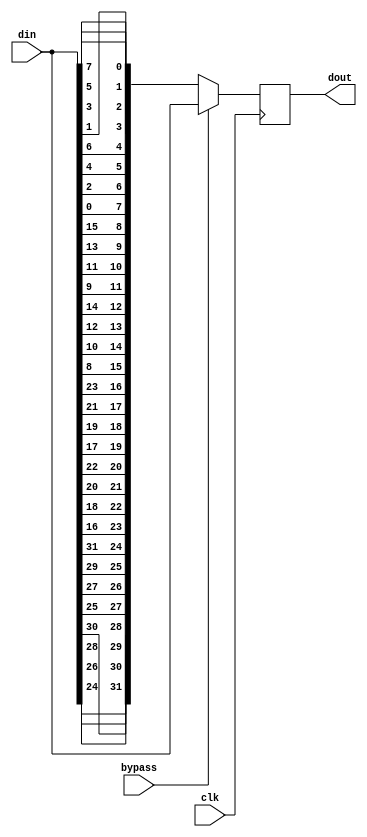
`timescale 1ns / 1ps
//////////////////////////////////////////////////////////////////////////////////
// Company: Southern Methodist University
// 
// Module Name: map
// Project Name: SERDES_KC705
// Description: 
// Dependencies: 
// 
// 

//////////////////////////////////////////////////////////////////////////////////


module rev_map(
input	[31:0]	din,
input           clk,
input           bypass,
output	reg [31:0]	dout
);

wire [31:0] by0;
wire [31:0] by1;

     generate
            genvar i;
            for (i = 0 ; i < 4; i= i+1 )
            begin: loop_itr
                assign  by0[0+i*8] = din[7+i*8];//reverse mapping
                assign  by0[4+i*8] = din[6+i*8];
                assign  by0[1+i*8] = din[5+i*8];
                assign  by0[5+i*8] = din[4+i*8];
                assign  by0[2+i*8] = din[3+i*8];
                assign  by0[6+i*8] = din[2+i*8];
                assign  by0[3+i*8] = din[1+i*8];
                assign  by0[7+i*8] = din[0+i*8];

                assign  by1[7+i*8] = din[7+i*8];//bypass
                assign  by1[6+i*8] = din[6+i*8];
                assign  by1[5+i*8] = din[5+i*8];
                assign  by1[4+i*8] = din[4+i*8];
                assign  by1[3+i*8] = din[3+i*8];
                assign  by1[2+i*8] = din[2+i*8];
                assign  by1[1+i*8] = din[1+i*8];
                assign  by1[0+i*8] = din[0+i*8];          
            end
    endgenerate

always @ (posedge clk)
    begin
        if(bypass) //bypass = 1
            begin
                dout <= by1;
            end
            else begin //bypass = 0
                dout <= by0;
            end
        
    end
   


    
endmodule